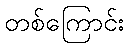
တစ်ကြောင်း